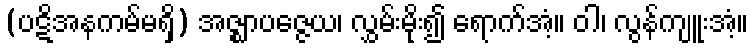
(ပဋိအနကမ်မရှိ) အဇ္ဈာပဇ္ဇေယ၊ လွှမ်းမိုး၍ ရောက်အံ့။ ဝါ၊ လွန်ကျူးအံ့။